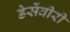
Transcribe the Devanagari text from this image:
डेसेंवीरी